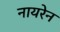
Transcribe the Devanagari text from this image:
नायरेन